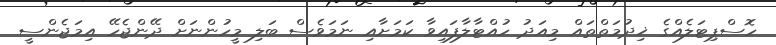
ހޮސްޕިޓަލެއްގެ ޚިދުމަތްތައް މިއަދު ހުއްޓާލާފައިވާ ކަމަށާއި ނަމަވެސް ބަލި މީހުންނަށް ދޭންޖެހޭ އިމަޖެންސީ